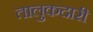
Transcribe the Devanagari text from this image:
तालुकदारी